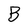
Character: B